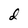
Character: d